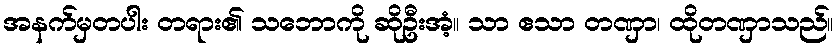
အနက်မှတပါး တရား၏ သဘောကို ဆိုဦးအံ့။ သာ ဧသာ တဏှာ၊ ထိုတဏှာသည်။